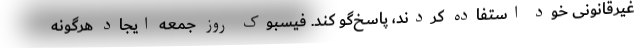
غیرقانونی خود استفاده کردند، پاسخ‌گو کند. فیسبوک روز جمعه ایجاد هرگونه